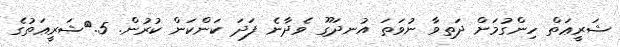
ޝަރީޢަތް ހިންގުމަށް ދަތިވާ ނުވަތަ އުނދަގޫ ވެދާނެ ފަދަ ކަންކަން ކުރުން. 5.	ޝަރީޢަތުގެ